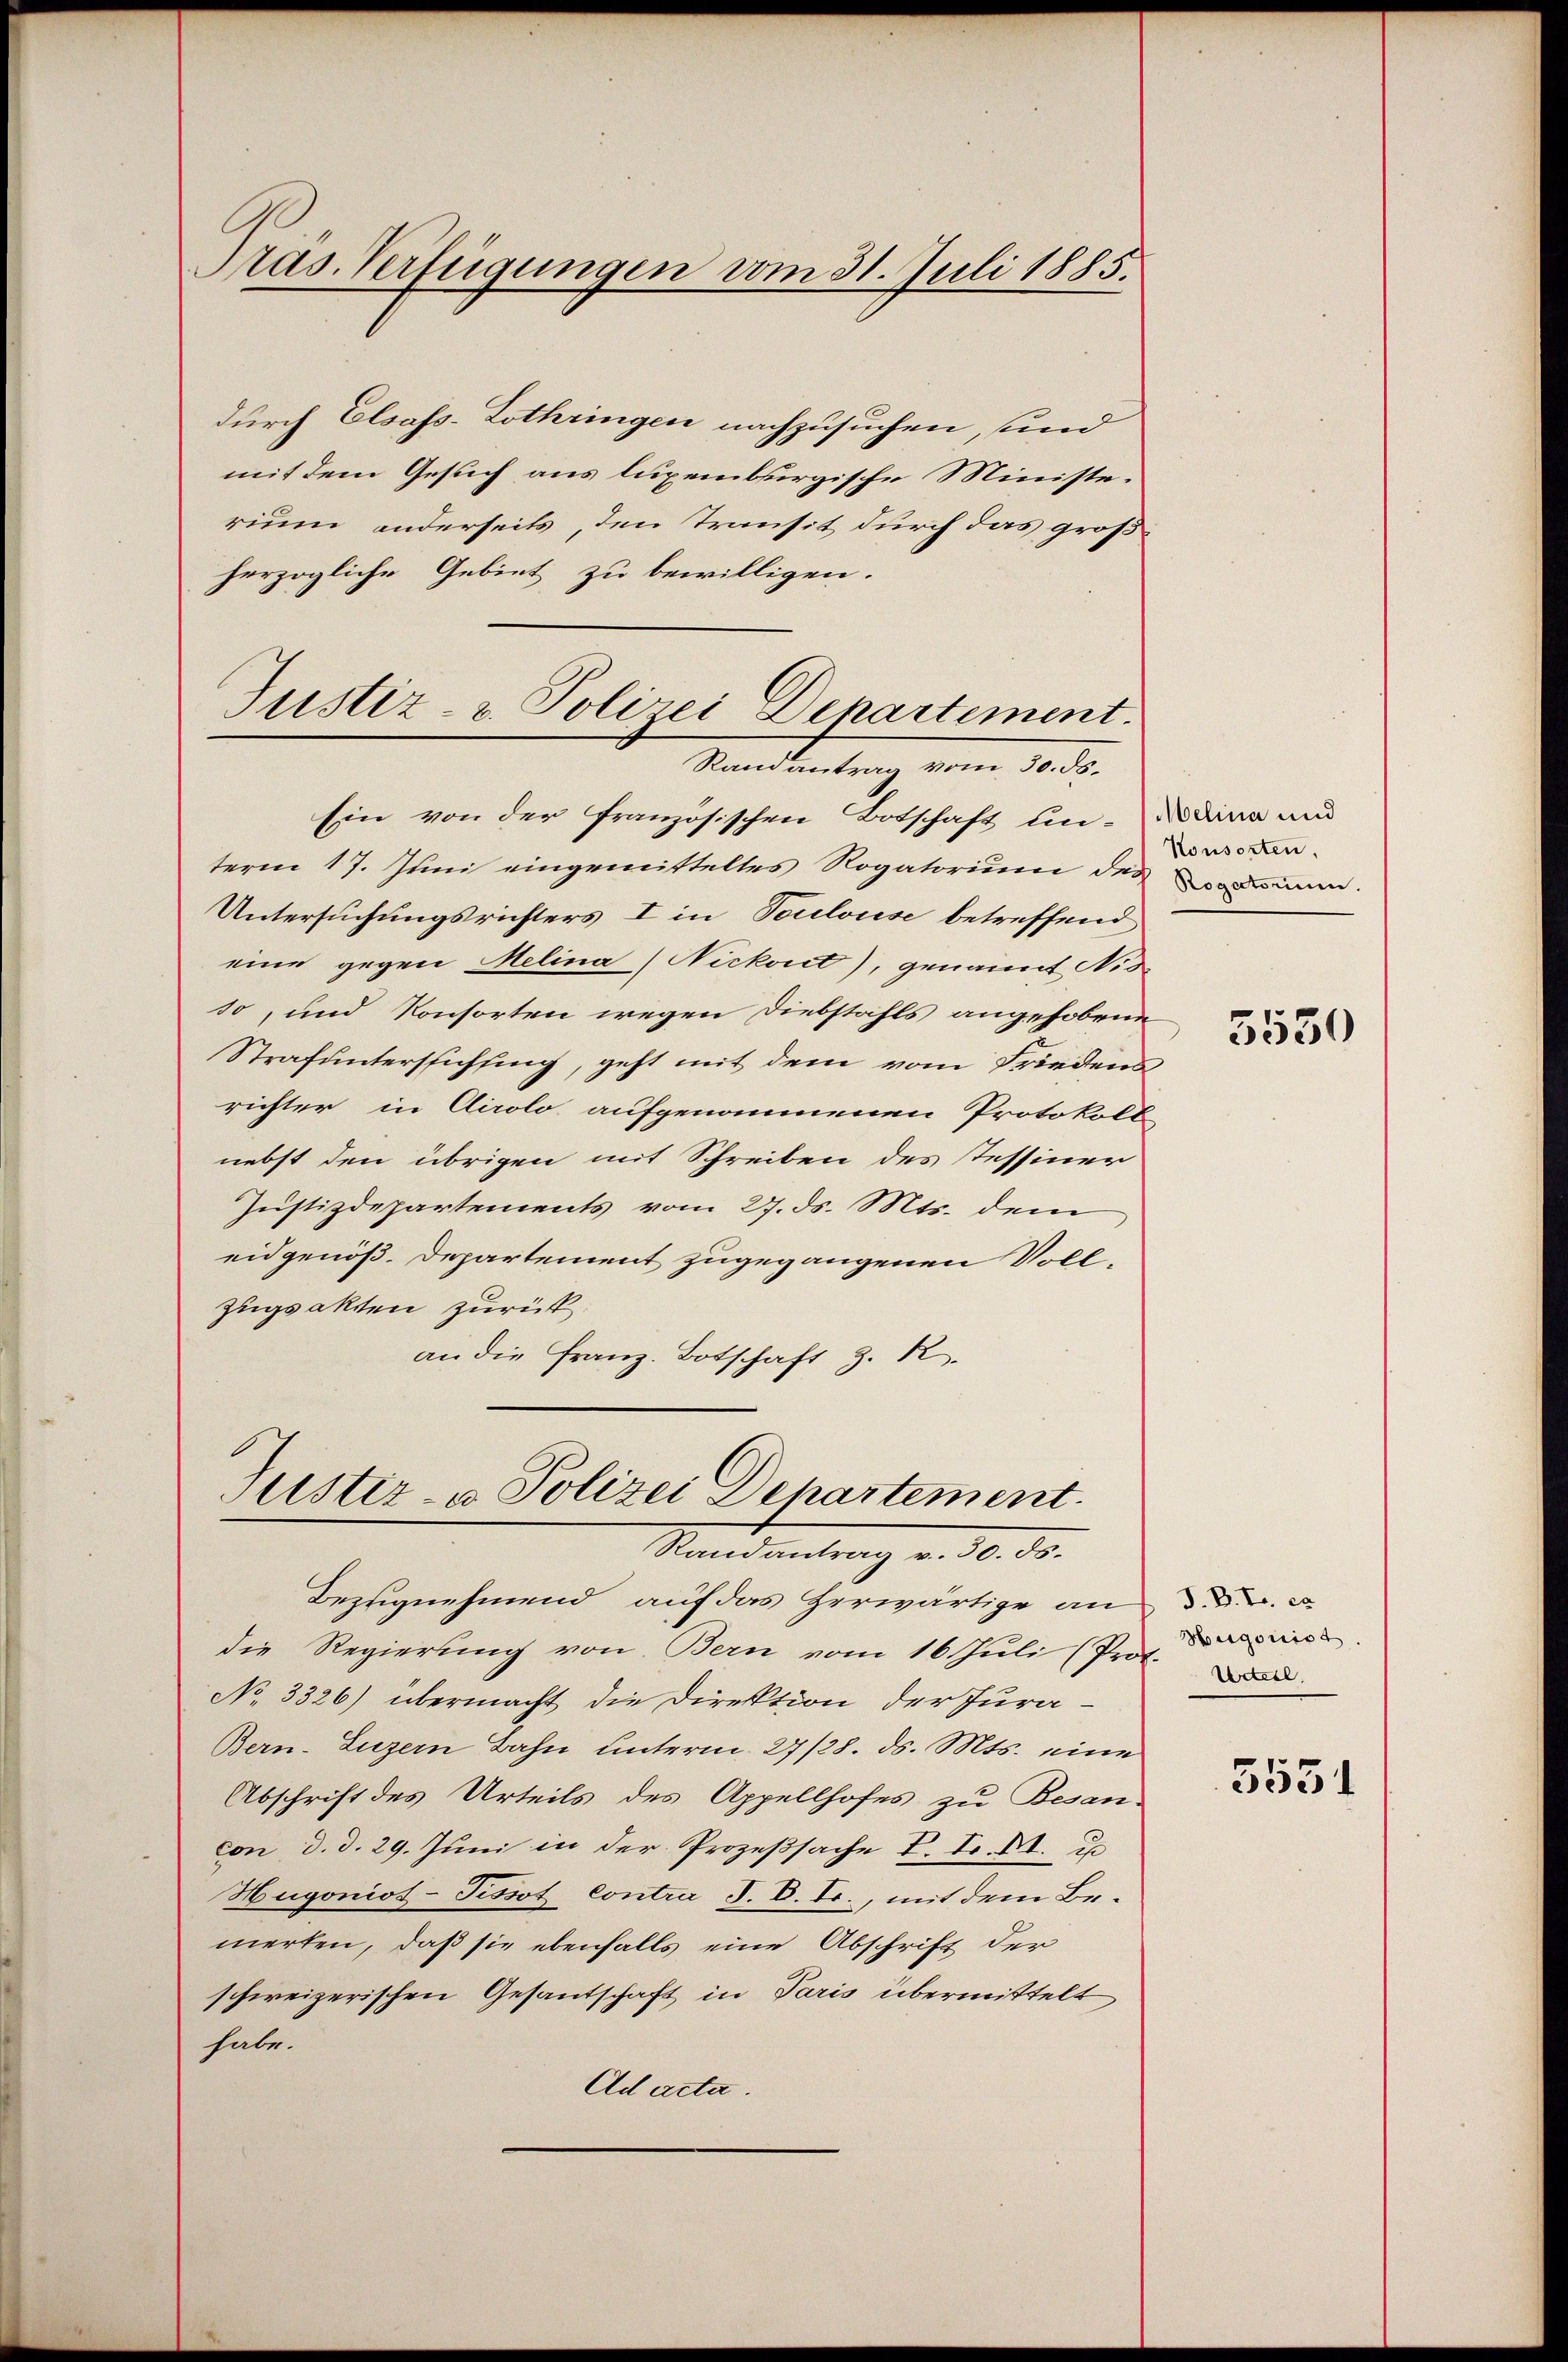
durch Elsass-Lothringen nachzusuchen, sind
mit dem Gesuch aus luxemburgische Ministe.
rium anderseits, den Transit durch das großherzogliche Gebiet zu bewilligen.
Justiz- & Polizei Departement.

Pras. Verfügungen vom 31. Juli 1885.

Randantrag vom 30. ds.

Justiz- u Polizei Departement
Randantrag v. 30. ds.

Ein von der französischen Botschaft un-Darina und
term 17. Juni eingemitteltes Rogatorium des immen.
Untersuchungsrichters I in Toulouse betreffend
eine gegen Melina (Nickort), genannt Nid
so, und Konsorten wegen Diebstahls angehobene
Strafunterstichung, geht mit dem vom Friedens
richter in Airolo aufgenommenen Protokoll
nebst den übrigen mit Schreiben des Tessiner
Justizdepartements vom 27. ds. Mts. dem
eidgenöß. Departement zugegangenen Voll¬
Zugsakten zurück.
an die Franz. Botschaft z. R.

Bezugnehmend auf das Herwärtige an
die Regierung von Bern vom 16 Juli (Prof. Die
No 3326) übermacht die Direktion der Jura¬
Bern. Luzern Bahn unterm 27/28. ds. Mts. eine
Abschrift des Urteils des Appellhofes zu Besan-
con d. d. 29. Juni in der Prozeßsache P. Fr. K. u
Hugoniot-Pissot contra J. V. T., mit dem Bemerten, daß sie ebenfalls eine Abschrift der
schweizerischen Gesandschaft in Paris übermittelt
habe.
Ad acta.

Konsorten,

5530

Urteil.

5551